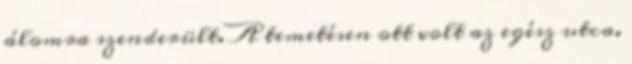
álomra szenderült. A temetésen ott volt az egész utca.